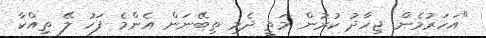
"އަހަރުމެން ޖިހާދު ކުރުން މަތީ ދެމި ތިބޭނަން އެންމެ ފަހު ލޭ ތިއްކާ